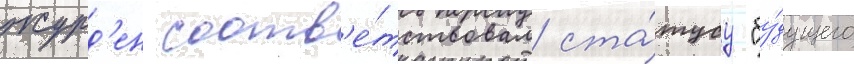
журд'ен соотв'е́тствовал ста́тусу "бу́дущего